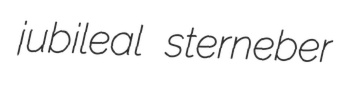
jubileal sterneber